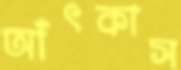
আঁৎকাস